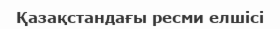
Қазақстандағы ресми елшісі